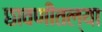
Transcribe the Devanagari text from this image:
छावणीतल्या